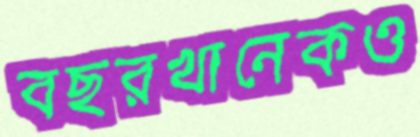
বছরখানেকও